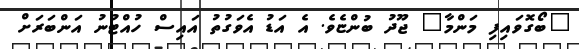
"ބޯގޮވައިފި މަންމާ" ޖޫދު ބުންޏެވެ. އެ އަޑު އެވަގުތު އައިސް ހުއްޓުނު އަންބަރަށް